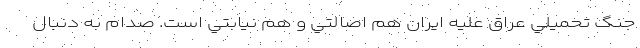
جنگ تحميلي عراق عليه ايران هم اصالتي و هم نيابتي است. صدام به دنبال